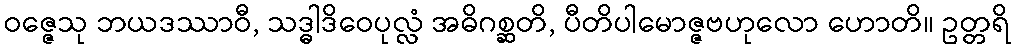
ဝဇ္ဇေသု ဘယဒဿာဝီ, သဒ္ဓါဒိဝေပုလ္လံ အဓိဂစ္ဆတိ, ပီတိပါမောဇ္ဇဗဟုလော ဟောတိ။ ဥတ္တရိ